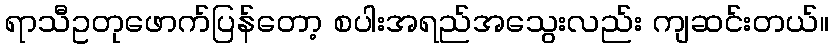
ရာသီဥတုဖောက်ပြန်တော့ စပါးအရည်အသွေးလည်း ကျဆင်းတယ်။